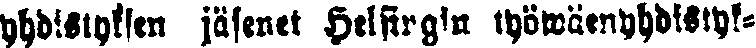
yhdistyksen jäsenet Helsingin työwäenyhdistyk-